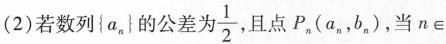
(2)若数列{a_{n}}的公差为\frac{1}{2}，且点P_{n}(a_{n}，b_{n})，当n\in